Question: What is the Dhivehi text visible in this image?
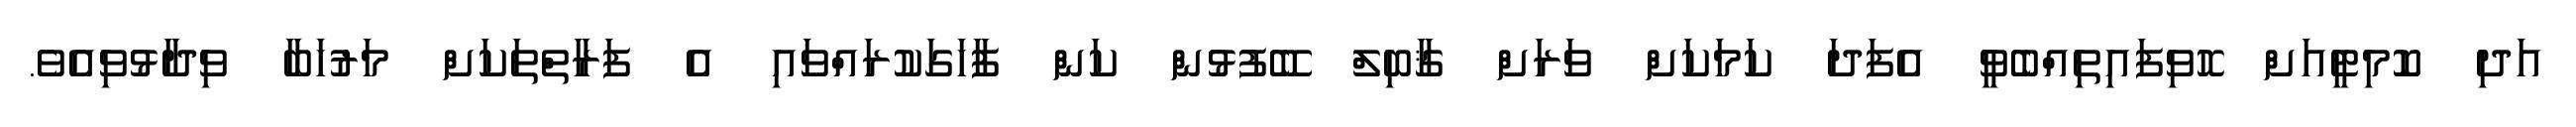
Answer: އަދި ކޮމިޓީއަށް ހޮވިފައިތިއްބެވީ އެފަދަ ކަމަކަށް ވަރަށް ޤާބިލް ބޭފުޅުން ކަން ފާހަގަކުރައްވައި އެ ފަރާތްތަކަށް މަރުހަބާ ވިދާޅުވިއެވެ.